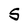
Character: 5